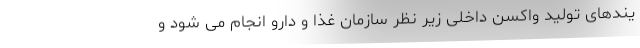
یندهای تولید واکسن داخلی زیر نظر سازمان غذا و دارو انجام می شود و